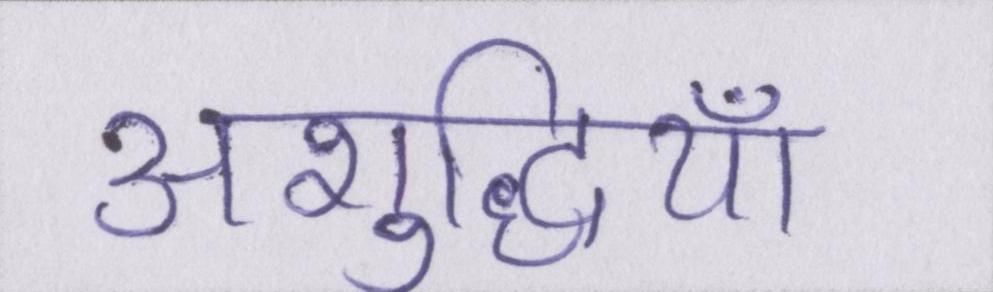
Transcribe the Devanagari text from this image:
अशुद्धियाँ